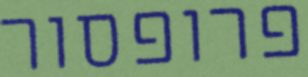
פרופסור